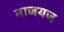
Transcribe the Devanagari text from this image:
नाजयज